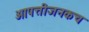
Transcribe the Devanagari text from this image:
आपत्तीजनकच